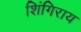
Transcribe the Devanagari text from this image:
शिंगिराय